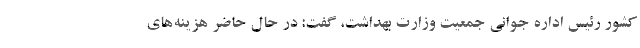
کشور رئیس اداره جوانی جمعیت وزارت بهداشت، گفت: در حال حاضر هزینه‌های